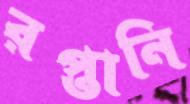
রপ্তানি